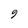
Character: 9